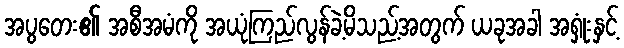
အပွတေး၏ အစီအမံကို အယုံကြည်လွန်ခဲ့မိသည့်အတွက် ယခုအခါ အရှုံးနှင့်